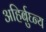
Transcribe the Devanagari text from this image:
अहिर्बुघ्न्य